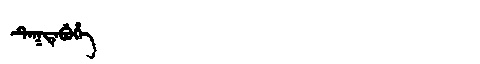
Manchu: ᡨᡝᡴᡩᡝᠪᡠᡥᡝ
Romanization: TEKDEBUHE